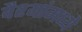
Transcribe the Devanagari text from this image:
वैश्यांमध्ये